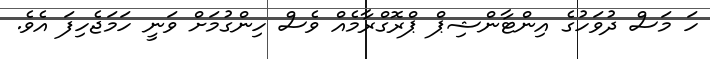
ހަ މަސް ދުވަހުގެ އިންޓާންޝިޕް ޕްރޮގްރާމެއް ވެސް ހިންގުމަށް ވަނީ ހަމަޖެހިފަ އެވެ.